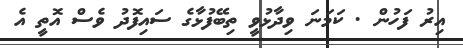
އިރު ފަހުން . ކަމަނަ ވިދާޅުވީ ތިބޭފުޅާގެ ސައިފޮދު ވެސް އޮތީ އެ